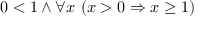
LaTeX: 0 < 1 \land \forall x \ ( x > 0 \Rightarrow x \geq 1 )